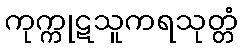
ကုက္ကုဋသူကရသုတ္တံ